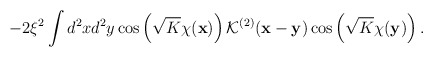
\begin{align*}-2\xi^2\int d^2xd^2y\cos\left(\sqrt{K}\chi({\bf x})\right){\mathcal K}^{(2)}({\bf x}-{\bf y})\cos\left(\sqrt{K}\chi({\bf y})\right).\end{align*}